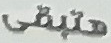
هتبقى